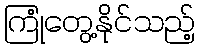
ကြုံတွေ့နိုင်သည့်